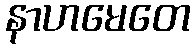
နာဟမေတေ